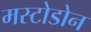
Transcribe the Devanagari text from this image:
मस्टोडोन